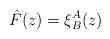
LaTeX: \begin{align*} \hat F(z) = \xi_B^A(z)\end{align*}